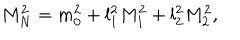
LaTeX: M _ { N } ^ { 2 } = m _ { 0 } ^ { 2 } + l _ { 1 } ^ { 2 } M _ { 1 } ^ { 2 } + l _ { 2 } ^ { 2 } M _ { 2 } ^ { 2 } ,